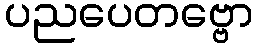
ပညပေတဗ္ဗော